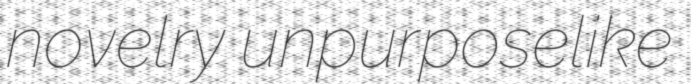
novelry unpurposelike